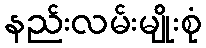
နည်းလမ်းမျိုးစုံ